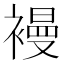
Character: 𧜞